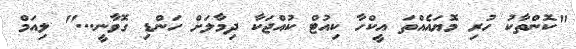
"ކޮންތާކު ހުރި މޮޔައެއްތަ އީކްހާ ކިއުޓް ކުއްޖަކާ ދިމާލަށް ހަންޑި ގޮވާނީ..." ލިއަމް